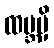
ထမ္ဘမှိ